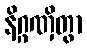
နိဂ္ဂဏှိတွာ